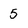
Character: 5